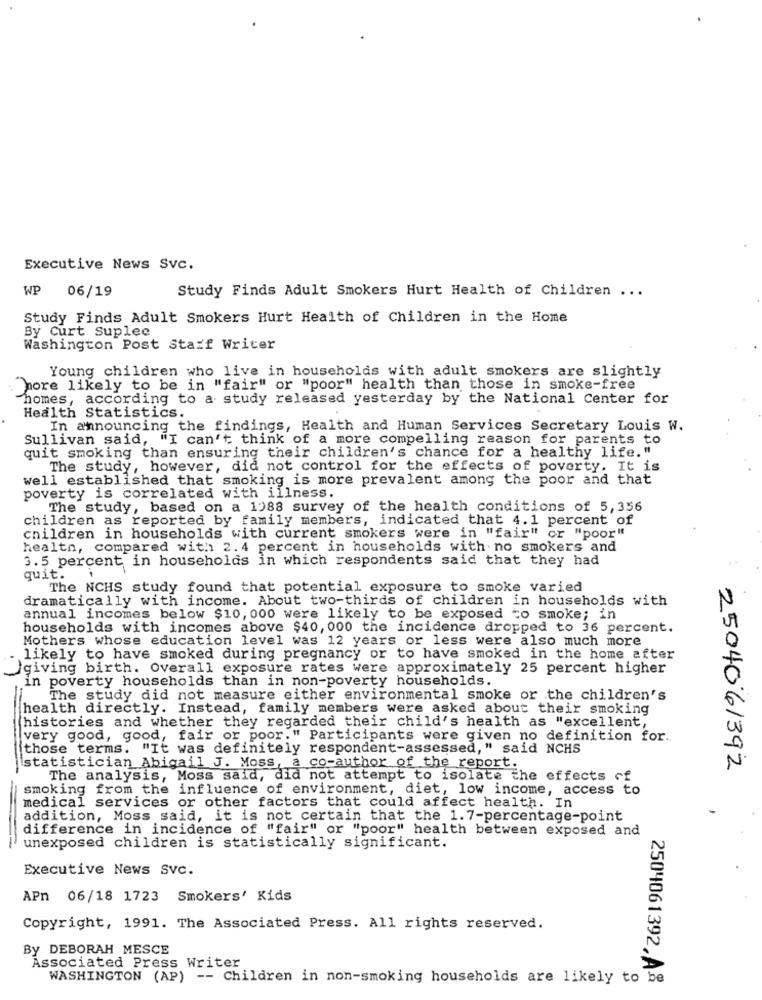
Executive News Svc.
WP
06/19
Study Finds Adult Smokers Hurt Health of Children ...
Study Finds Adult Smokers Hurt Health of Children in the Home
By Curt Suplee
Washington Post Stazf Writer
Young children who live in households with adult smokers are slightly
"more likely to be in "fair" or "poor" health than those in smoke-free
homes, according to a study released yesterday by the National Center for
Health Statistics.
In announcing the findings, Health and Human Services Secretary Louis W.
Sullivan said, "I can't think of a more compelling reason for parents to
quit smoking than ensuring their children's chance for a healthy life."
The study, however, did not control for the effects of poverty. It is
well established that smoking is more prevalent among the poor and that
poverty is correlated with illness.
The study, based on a 1988 survey of the health conditions of 5,356
children as reported by family members, indicated that 4.1 percent of
children in households with current smokers were in "fair" or "poor"
health, compared with1 2.4 percent in households with no smokers and
3.5 percent in households in which respondents said that they had
quit.
The NCHS study found that potential exposure to smoke varied
dramatically with income. About two-thirds of children in households with
annual incomes below $10, 000 were likely to be exposed to smoke; in
households with incomes above $40, 000 the incidence dropped to 36 percent.
Mothers whose education level was 12 years or less were also much more
likely to have smoked during pregnancy or to have smoked in the home after
giving birth. Overall exposure rates were approximately 25 percent higher
in poverty households than in non-poverty households.
The study did not measure either environmental smoke or the children's
health directly. Instead, family members were asked about their smoking
histories and whether they regarded their child's health as "excellent,
very good, good, fair or poor." Participants were given no definition for.
those terms. "It was definitely respondent-assessed," said NCHS
statistician Abigail J. Moss, a co-author of the report.
2504061392
The analysis, Moss said, did not attempt to isolate the effects of
smoking from the influence of environment, diet, low income, access to
medical services or other factors that could affect health. In
addition, Moss said, it is not certain that the 1.7-percentage-point
difference in incidence of "fair" or "poor" health between exposed and
unexposed children is statistically significant.
Executive News Svc.
APn 06/18 1723 Smokers' Kids
Copyright, 1991. The Associated Press. All rights reserved.
By DEBORAH MESCE
Associated Press Writer
WASHINGTON (AP) -- Children in non-smoking households are likely to be
2504061392. A.8